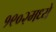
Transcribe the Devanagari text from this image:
१९०२मध्ये